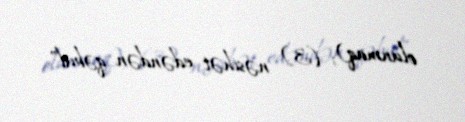
olunmaq); (3) nəsihət edəndən qəbul”.